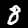
Label: 8